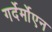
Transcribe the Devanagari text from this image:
गर्देर्मोएन